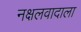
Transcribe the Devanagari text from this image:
नक्षलवादाला